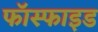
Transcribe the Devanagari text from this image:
फॉस्फाइड